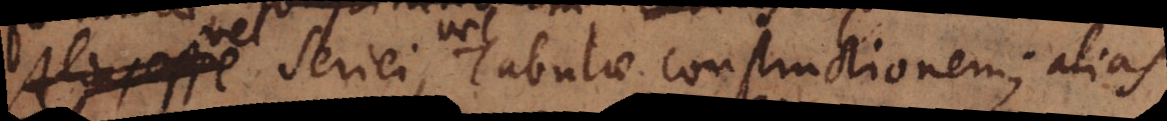
vel Seriei vel Tabulae constructionem; alias